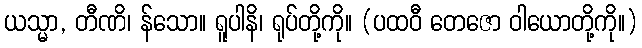
ယသ္မာ, တီဏိ၊ န်သော။ ရူပါနိ၊ ရုပ်တို့ကို။ (ပထဝီ တေဇော ဝါယောတို့ကို။)